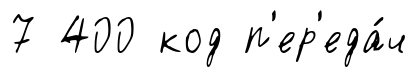
7 400 код п'ер'еда́ч